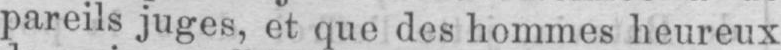
pareils juges, et que des hommes heureux